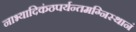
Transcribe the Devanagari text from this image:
नाभ्यादिकंठपर्यन्तमग्निस्थानं